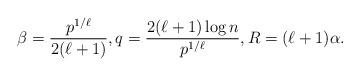
LaTeX: \begin{align*} \beta = \frac{p^{1/\ell}}{2(\ell+1)},q = \frac{2(\ell+1) \log n}{p^{1/\ell}},R = (\ell+1)\alpha. \end{align*}